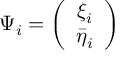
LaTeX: \Psi _ { i } = \left( \begin{array} { c } { { \xi _ { i } } } \\ { { \bar { \eta } _ { i } } } \end{array} \right)